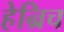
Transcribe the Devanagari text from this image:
हेन्रिच